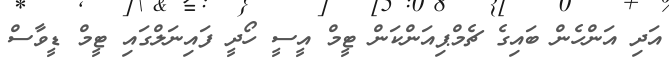
އަދި އަންހެން ބައިގެ ޗެމްޕިއަންކަން ޓީމް އީސީ ހޯދީ ފައިނަލްގައި ޓީމް ޑީވާސް